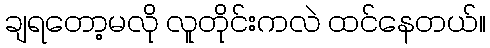
ချရတော့မလို လူတိုင်းကလဲ ထင်နေတယ်။